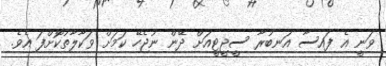
ވަނީ އެ ފައިސާ އަނބުރާ ސީޖީޓީއަށް ދޭން ނުޖެހޭ ކަމަށް ވަކާލާތުކޮށްފަ އެވެ.